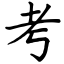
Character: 考